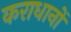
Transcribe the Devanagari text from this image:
कराधानों